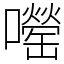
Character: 𫬨